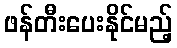
ဖန်တီးပေးနိုင်မည့်